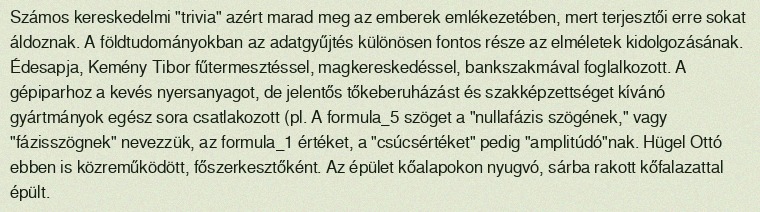
Számos kereskedelmi "trivia" azért marad meg az emberek emlékezetében, mert terjesztői erre sokat áldoznak. A földtudományokban az adatgyűjtés különösen fontos része az elméletek kidolgozásának. Édesapja, Kemény Tibor fűtermesztéssel, magkereskedéssel, bankszakmával foglalkozott. A gépiparhoz a kevés nyersanyagot, de jelentős tőkeberuházást és szakképzettséget kívánó gyártmányok egész sora csatlakozott (pl. A formula_5 szöget a "nullafázis szögének," vagy "fázisszögnek" nevezzük, az formula_1 értéket, a "csúcsértéket" pedig "amplitúdó"nak. Hügel Ottó ebben is közreműködött, főszerkesztőként. Az épület kőalapokon nyugvó, sárba rakott kőfalazattal épült.